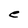
Character: e